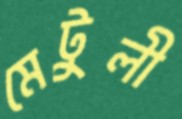
মেটুলী